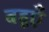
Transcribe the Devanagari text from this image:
बहूएँ